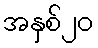
အနှစ်၂၀